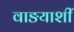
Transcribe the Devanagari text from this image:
वाङयाशीं